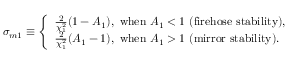
\sigma _ { m 1 } \equiv \left\{ \begin{array} { l } { \frac { 2 } { \chi _ { 1 } ^ { 2 } } ( 1 - A _ { 1 } ) , ~ \mathrm { w h e n } ~ A _ { 1 } < 1 ~ ( \mathrm { f i r e h o s e } ~ \mathrm { s t a b i l i t y } ) , } \\ { \frac { 2 } { \chi _ { 1 } ^ { 2 } } ( A _ { 1 } - 1 ) , ~ \mathrm { w h e n } ~ A _ { 1 } > 1 ~ ( \mathrm { m i r r o r } ~ \mathrm { s t a b i l i t y } ) . } \end{array} \right.